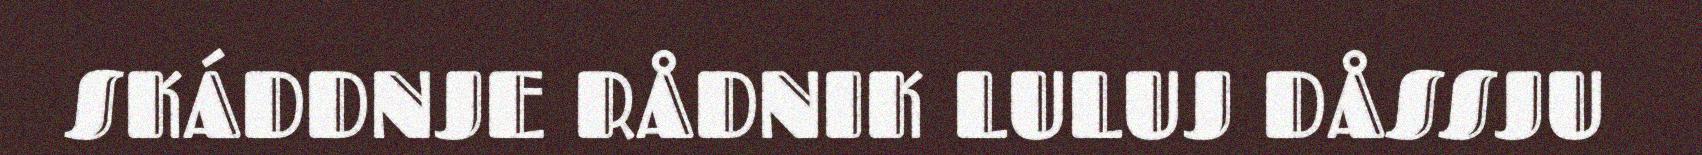
SKÁDDNJE RÅDNIK LULUJ DÅSSJU